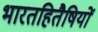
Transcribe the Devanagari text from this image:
भारतहितैषियों